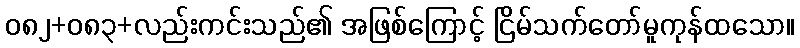
၀၈၂+၀၈၃+လည်းကင်းသည်၏ အဖြစ်ကြောင့် ငြိမ်သက်တော်မူကုန်ထသော။